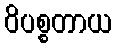
ဝိပစ္စတာယ